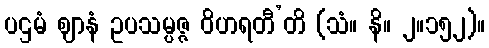
ပဌမံ ဈာနံ ဥပသမ္ပဇ္ဇ ဝိဟရတီ’တိ (သံ။ နိ။ ၂။၁၅၂)။